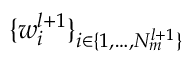
\{ w _ { i } ^ { l + 1 } \} _ { i \in \{ 1 , \dots , N _ { m } ^ { l + 1 } \} }